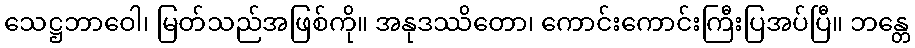
သေဋ္ဌဘာဝေါ၊ မြတ်သည်အဖြစ်ကို။ အနုဒဿိတော၊ ကောင်းကောင်းကြီးပြအပ်ပြီ။ ဘန္တေ